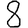
Digit: 8